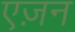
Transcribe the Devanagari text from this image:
एज़न